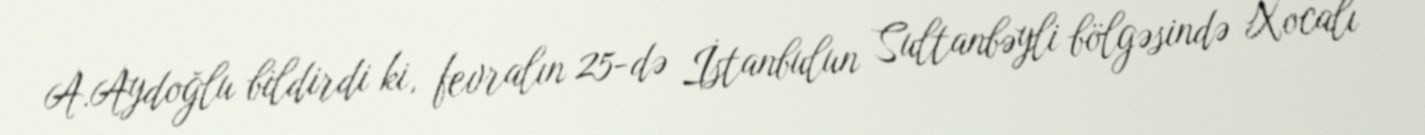
A.Aydoğlu bildirdi ki, fevralın 25-də İstanbulun Sultanbəyli bölgəsində Xocalı